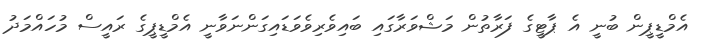
އެމްޑީޕީން ބުނީ އެ ޕާޓީގެ ފަރާތުން މަޝްވަރާގައި ބައިވެރިވެވަޑައިގަންނަވާނީ އެމްޑީޕީގެ ރައީސް މުހައްމަދު